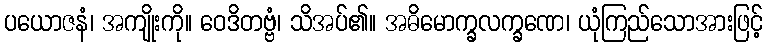
ပယောဇနံ၊ အကျိုးကို။ ဝေဒိတဗ္ဗံ၊ သိအပ်၏။ အဓိမောက္ခလက္ခဏေ၊ ယုံကြည်သောအားဖြင့်